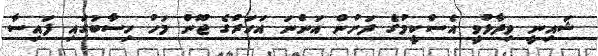
ޝައިނީ ވިދާޅުވީ އެސްކީމުގެ ދަށުން އަންނަ އަހަރުގެ ޖޫން މަހު ހިސާބުގައި ފައިސާ